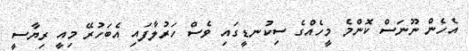
އެހެން ނޫނަސް ކޮންމެ މީހެއްގެ ސިކުނޑީގައި ވެސް ހަރުލާފައި އެބަހުރޭ މިއީ ރިޔާސީ